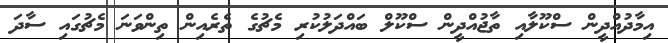
އިމާދުއްދީން ސްކޫލާއި ތާޖުއްދީން ސްކޫލް ބައްދަލުކުރި މެޗުގެ ތެރެއިން ތިންވަނަ މެޗުގައި ސާދަ